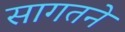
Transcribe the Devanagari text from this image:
सागतने